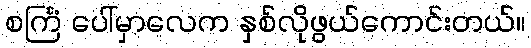
စင်္ကြံ ပေါ်မှာလေက နှစ်လိုဖွယ်ကောင်းတယ်။